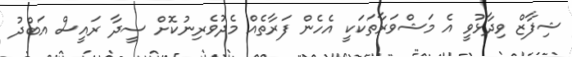
ޝިފާޒް ވިދާޅުވީ އެ މަޝްވަރާތަކަކީ އެހެން ފަރާތެއް މެދުވެރިނުކޮށް ސީދާ ރައީސް އަބްދު